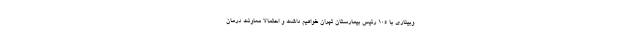
وبیناری با ۱۰۵ رئیس بیمارستان تهران خواهیم داشت و احتمالا معاونت درمان